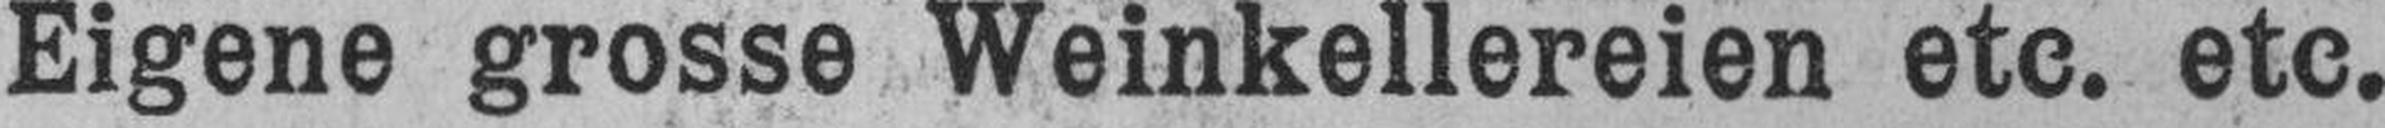
Eigene grosse Weinkellereien etc. etc.